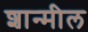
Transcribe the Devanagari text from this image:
शान्मील